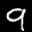
Label: 9